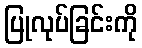
ပြုလုပ်ခြင်းကို